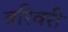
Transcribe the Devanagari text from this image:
वरिवरी